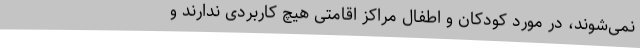
نمی‌شوند، در مورد کودکان و اطفال مراکز اقامتی هیچ کاربردی ندارند و